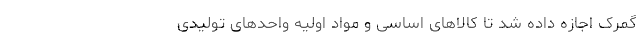
گمرک اجازه داده شد تا کالا‌های اساسی و مواد اولیه واحد‌های تولیدی